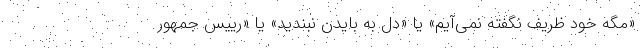
«‌مگه خود ظریف نگفته نمی‌آیم» یا «دل به بایدن نبندید» یا «رییس جمهور